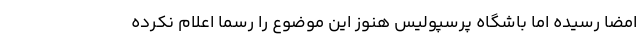
امضا رسیده اما باشگاه پرسپولیس هنوز این موضوع را رسما اعلام نکرده